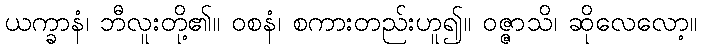
ယက္ခာနံ၊ ဘီလူးတို့၏။ ဝစနံ၊ စကားတည်းဟူ၍။ ဝဇ္ဇာသိ၊ ဆိုလေလော့။